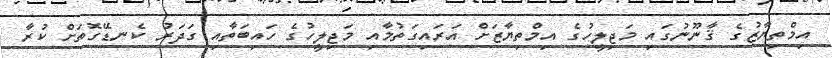
އިމްތިޔާޒުގެ ޤާނޫނުގައި މަޖިލީހުގެ އިމްތިޔާޒަށް އަރައިގަތުމާއި މަޖިލީހުގެ ހައިބަތާއި ގަދަރު ކެނޑޭގޮތަށް ކުރާ